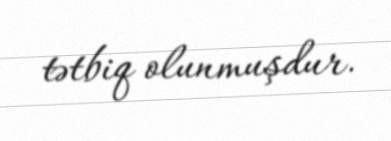
tətbiq olunmuşdur.